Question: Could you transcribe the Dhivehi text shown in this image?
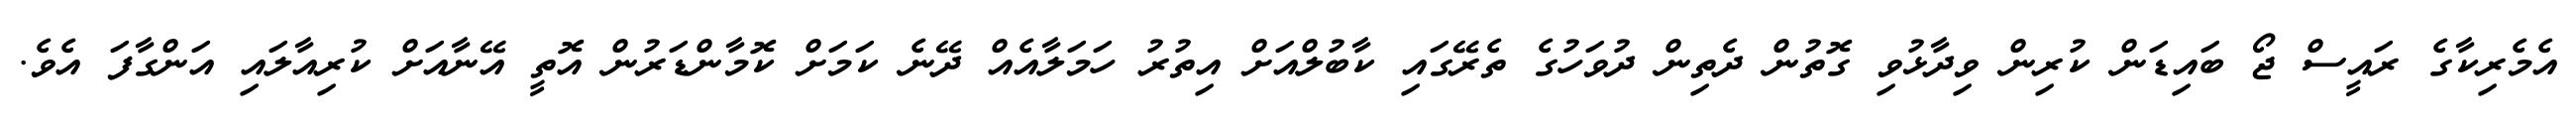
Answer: އެމެރިކާގެ ރައީސް ޖޯ ބައިޑަން ކުރިން ވިދާޅުވި ގޮތުން ދެތިން ދުވަހުގެ ތެރޭގައި ކާބުލްއަށް އިތުރު ހަމަލާއެއް ދޭނެ ކަމަށް ކޮމާންޑަރުން އޮތީ އޭނާއަށް ކުރިއާލައި އަންގާފަ އެވެ.